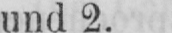
und 2.